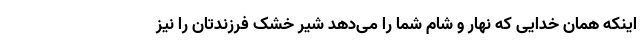
اینکه همان خدایی که نهار و شام شما را می‌دهد شیر خشک فرزندتان را نیز